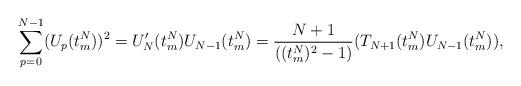
LaTeX: \begin{align*}\sum_{p=0}^{N-1}(U_p(t^N_m))^2=U_N^\prime(t^N_m)U_{N-1}(t^N_m)={{N+1}\over{((t^N_m)^2-1)}}(T_{N+1}(t^N_m)U_{N-1}(t^N_m)),\end{align*}